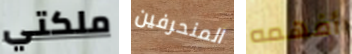
ملكتي المنحرفين أفهمه